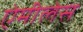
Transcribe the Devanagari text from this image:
ऐमीलेस